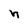
Character: h